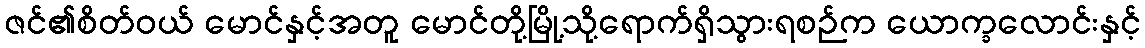
ဇင်၏စိတ်ဝယ် မောင်နှင့်အတူ မောင်တို့မြို့သို့ရောက်ရှိသွားရစဉ်က ယောက္ခလောင်းနှင့်